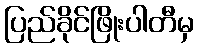
ပြည်ခိုင်ဖြိုးပါတီမှ